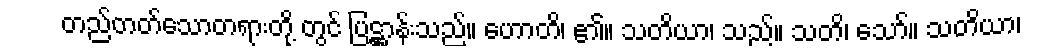
တည်တတ်သောတရားတို့ တွင် ပြဋ္ဌာန်းသည်။ ဟောတိ၊ ၏။ သတိယာ၊ သည်။ သတိ၊ သော်။ သတိယာ၊